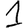
Digit: 1